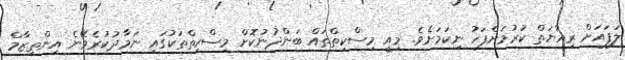
ލަފައަށް ރިއާޔަތް ކުރުމަށްފަހު ނިކަމަށެވެ. މިއީ މިސްކިތްތައް ބަންދުނުކޮށް މިސްކިތްތަކުގައި ނަމާދުކުރެވޭނެ އިންތިޒާމް